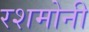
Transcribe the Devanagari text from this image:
रशमोनी